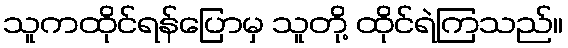
သူကထိုင်ရန်ပြောမှ သူတို့ ထိုင်ရဲကြသည်။